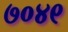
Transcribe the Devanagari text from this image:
७०४९